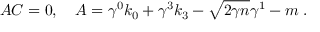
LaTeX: A C = 0 , \quad A = \gamma ^ { 0 } k _ { 0 } + \gamma ^ { 3 } k _ { 3 } - \sqrt { 2 \gamma n } \gamma ^ { 1 } - m \; .